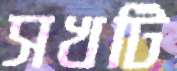
সখটি